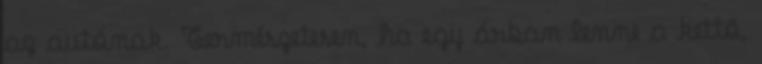
az autónak. Természetesen, ha egy árban lenne a kettõ,